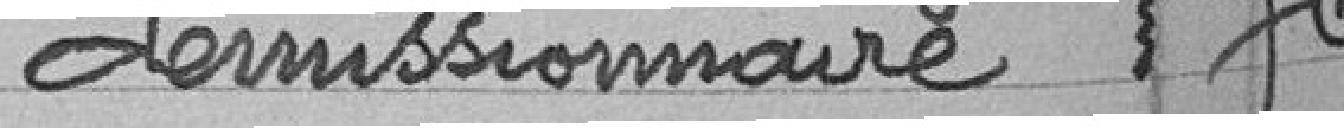
démissionnaire